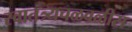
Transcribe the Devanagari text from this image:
स्वातंत्र्यचळवळीस